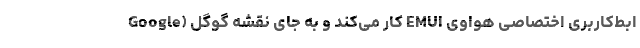
ابط‌کاربری اختصاصی هواوی EMUI کار می‌کند و به جای نقشه گوگل (Google